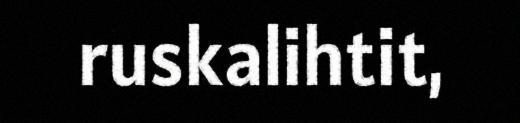
ruskalihtit,